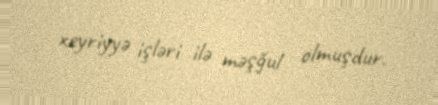
xeyriyyə işləri ilə məşğul olmuşdur.